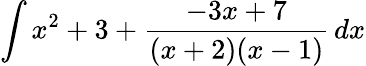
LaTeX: \int x^{2}+3+{\frac{-3x+7}{(x+2)(x-1)}}\, dx